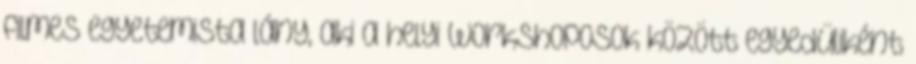
filmes egyetemista lány, aki a helyi workshoposok között egyedüliként